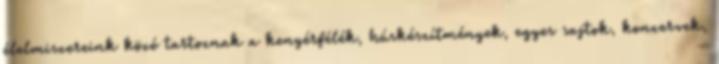
élelmiszereink közé tartoznak a kenyérfélék, húskészítmények, egyes sajtok, konzervek,